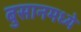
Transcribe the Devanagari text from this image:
बुसानमध्ये